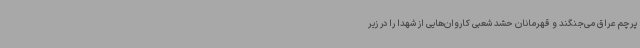
پرچم عراق می‌جنگند و قهرمانان حشد شعبی کاروان‌هایی از شهدا را در زیر